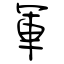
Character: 軍